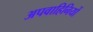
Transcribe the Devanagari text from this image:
अपवाहिनियों